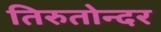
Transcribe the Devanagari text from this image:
तिरुतोन्दर